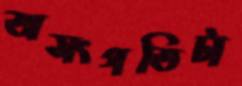
অসংগতিটা